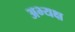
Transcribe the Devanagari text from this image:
अभ्यक्ष